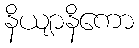
နိယျာနိကော